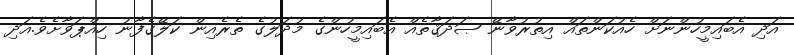
އަދި އެބައިމީހުންނަށް ހެއުކަންތައް އިތުރުވާނޭ ޞަދަޤާތެއް އެބައިމީހުންގެ މުދަލުގެ ތެރެއިން ކަލޭގެފާނު ހިއްޕަވާށެވެ.އަދި